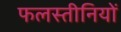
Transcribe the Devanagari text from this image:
फलस्तीनियों